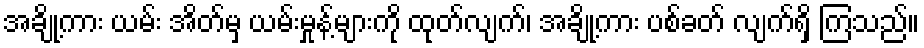
အချို့ကား ယမ်း အိတ်မှ ယမ်းမှုန့်များကို ထုတ်လျက်၊ အချို့ကား ပစ်ခတ် လျက်ရှိ ကြသည်။